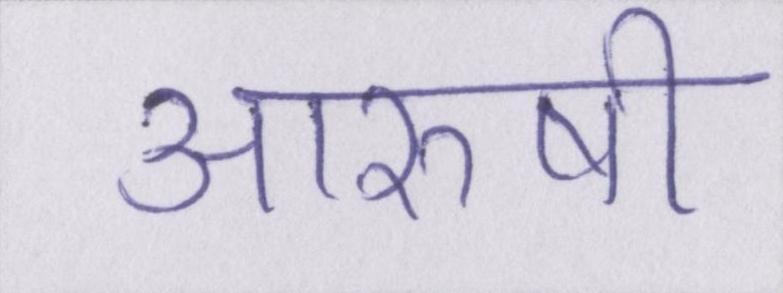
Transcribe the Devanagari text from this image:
आरुषी